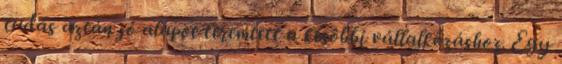
tudás aztán jó alapot teremtett a késôbbi vállalkozáshoz. Egy